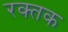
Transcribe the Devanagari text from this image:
रक्‍तक